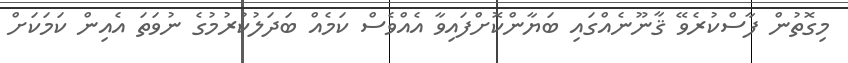
މިގޮތުން ފާސްކުރެވޭ ޤާނޫނެއްގައި ބަޔާންކޮށްފައިވާ އެއްވެސް ކަމެއް ބަދަލުކުރުމުގެ ނުވަތަ އެއިން ކަމަކަށް